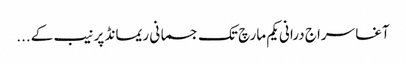
آغا سراج درانی یکم مارچ تک جسمانی ریمانڈ پر نیب کے...